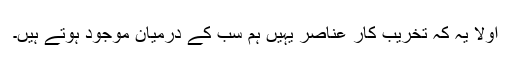
اولاً یہ کہ تخریب کار عناصر یہیں ہم سب کے درمیان موجود ہوتے ہیں۔